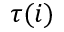
\tau ( i )